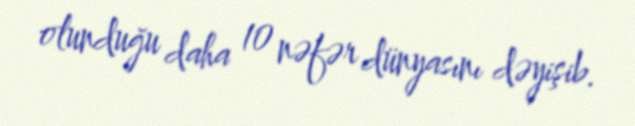
olunduğu daha 10 nəfər dünyasını dəyişib.